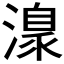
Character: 𣽍